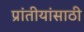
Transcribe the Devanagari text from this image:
प्रांतीयांसाठी